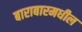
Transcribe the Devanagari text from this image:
बाराबारमधील